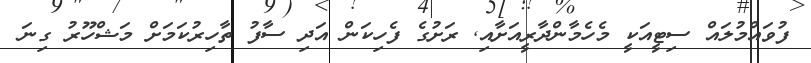
ފުވައްމުލައް ސިޓީއަކީ މެހެމާންދާރީއަށާއި